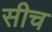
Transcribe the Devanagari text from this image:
सीच